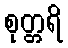
စုတ္တရိ